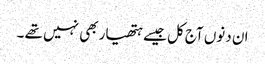
ان دنوں آج کل جیسے ہتھیار بھی نہیں تھے ۔